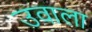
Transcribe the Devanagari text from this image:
उवाला